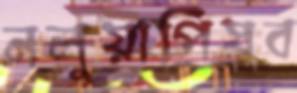
নলুয়াপিষব